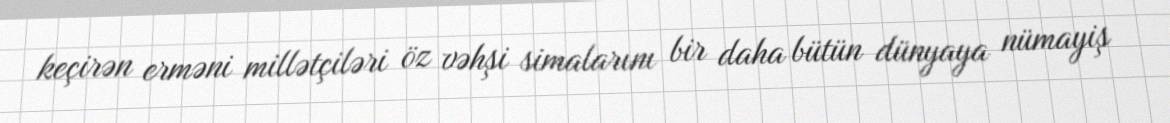
keçirən erməni millətçiləri öz vəhşi simalarını bir daha bütün dünyaya nümayiş